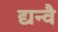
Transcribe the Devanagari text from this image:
द्यन्वै